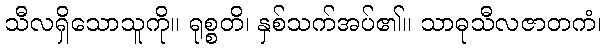
သီလရှိသောသူကို။ ရုစ္စတိ၊ နှစ်သက်အပ်၏။ သာဓုသီလဇာတကံ၊